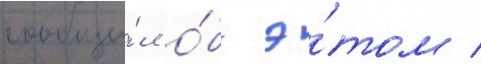
сообщи́л о́б э́том /